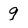
Character: 9